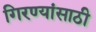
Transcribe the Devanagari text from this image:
गिरण्यांसाठी